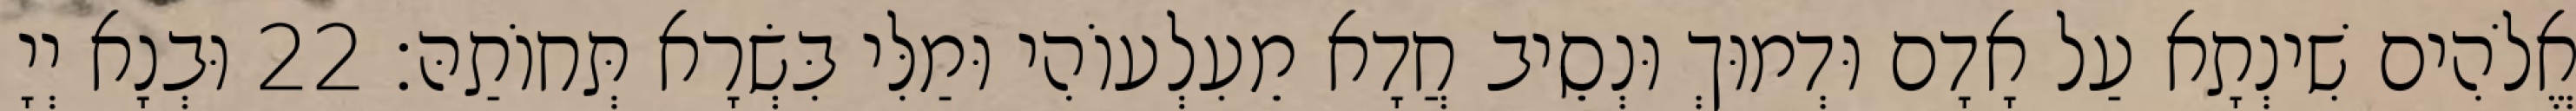
אֱלֹהִים שִׁינְתָא עַל אָדָם וּדְמוּךְ וּנְסֵיב חֲדָא מֵעִלְעוֹהִי וּמַלִּי בִּשְׂרָא תְּחוֹתַהּ׃ 22 וּבְנָא יְיָ